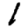
Digit: 1